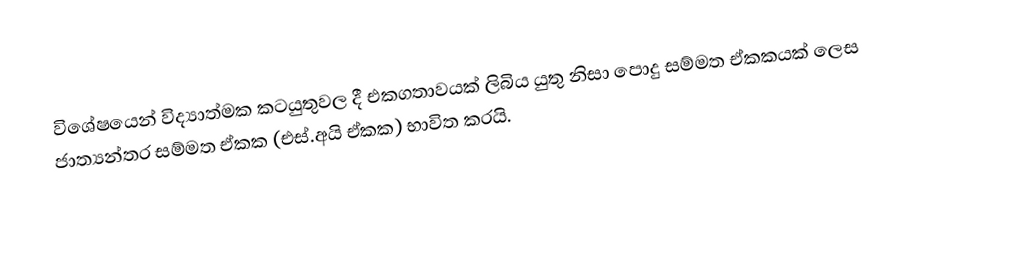
විශේෂයෙන් විද්‍යාත්මක කටයුතුවල දී එකගතාවයක් ලිබිය යුතු නිසා පොදු සම්මත ඒකකයක් ලෙස ජාත්‍යන්තර සම්මත ඒකක (එස්.අයි ඒකක) භාවිත කරයි.